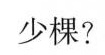
少棵?